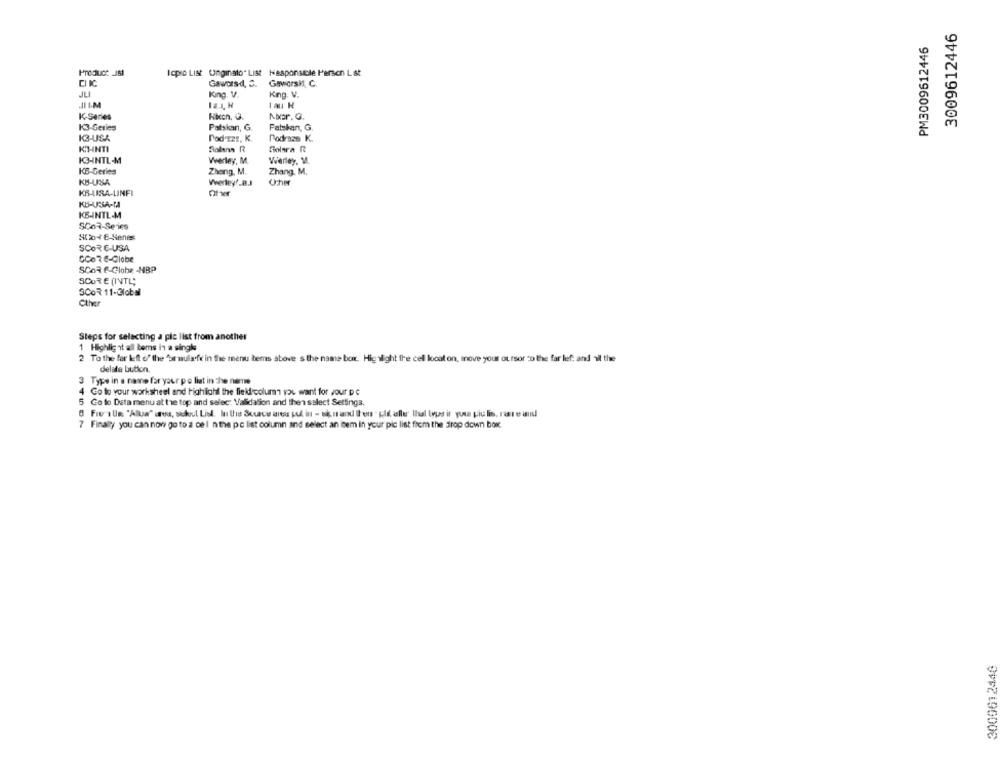
3009612446
PM3009612446
Product JSI
lapse List Unginato" List Haaponstole Parsen L &t
Gaworsd, S. Geworsi, C.
JLI
King. V.
King. V.
lau H
K-Series
Nicn, 0.
Nor. G.
K3-Series
Patskan, G.
Falskan, G.
K3-USA
Pod EZE, K.
Podrazs K.
KHNTI
Solens R
Golara R
K-INTL-M
Vwerley, M.
Werley, M.
KB-Geries
Zhang, M.
Zhang. M.
KB-USA
Wwerley ?_ B.J
KB-LIRA-LINFI
Oher
KB-USA-TA
KB-INTL-M
SCOR-Series
S02046-Senis
SCOR E-USA
GCoRe-Globe
SCOR E-Globe -HBP
SCORE (INTL;
SCOR 11-Global
Other
Steps for selecting a ple list from another
1 Highlig nit all Bems in a single
2 To the far left of the 'or mulaofk in the menu bems above s the name borr. Highlight the cell locat on, move your outsor co the far left and all the
delate butien.
3 Type in a name for your po liat in the name
4 Go to your worksheel and highlight the field column you want for your pc
5 Go lo Data menu at the top and selec: Validalion and then select Settings.
7 Finally you can now go to a cel nthe pc list column and select an item in your pic list frem the drop down bow.
3000612446